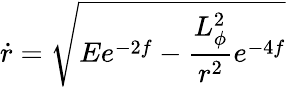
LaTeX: \dot{r}=\sqrt{Ee^{-2f}-\frac{L_{\phi}^{2}}{r^{2}}e^{-4f}}